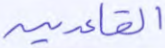
القاعدين